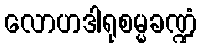
လောဟဒါရုစမ္မခဏ္ဍံ